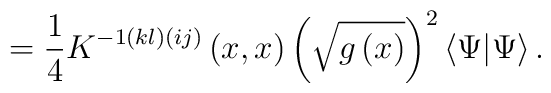
=\frac 14K^{-1\left( kl\right) \left( ij\right) }\left( x,x\right) \left( \sqrt{g\left( x\right) }\right) ^2\left\langle \Psi |\Psi \right\rangle .